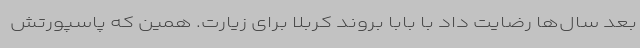
بعد سال‌ها رضایت داد با بابا بروند کربلا برای زیارت. همین که پاسپورتش